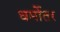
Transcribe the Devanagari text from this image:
धर्मोतर